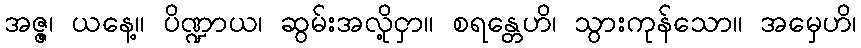
အဇ္ဇ၊ ယနေ့။ ပိဏ္ဍာယ၊ ဆွမ်းအလို့ငှာ။ စရန္တေဟိ၊ သွားကုန်သော။ အမှေဟိ၊